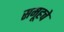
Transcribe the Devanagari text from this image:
समूहचे